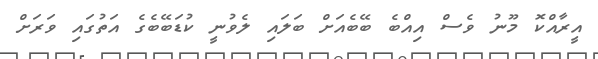
އީރާއްކޮ މޫނު ވެސް އިއްބެ ބޭބެއަށް ބަލައި ލެވުނީ ކުޑަބޭބެގެ އަތުގައި ވަރަށް